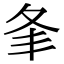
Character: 𡕗